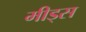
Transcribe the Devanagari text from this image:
मीड्स